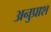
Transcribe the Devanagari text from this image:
अनुप्राश